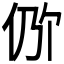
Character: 𫢖